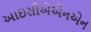
આઇસીએએનએન